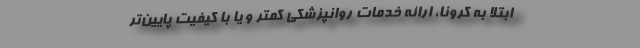
ابتلا به کرونا، ارائه خدمات روانپزشکی کمتر و یا با کیفیت پایین‌تر